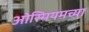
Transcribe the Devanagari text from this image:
ओस्मियमच्या